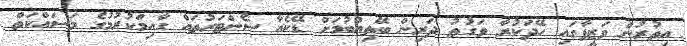
އިތުރުން ވަޒީފާގައި ހޭދަކުރާ ވަގުތު ދަރިން ބޭތިއްބުމަށް ޑޭކެއާ ސެންޓަރުތައް ގާއިމްކުރުމުގެ މަސައްކަތް